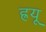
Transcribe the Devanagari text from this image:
ह्रयू